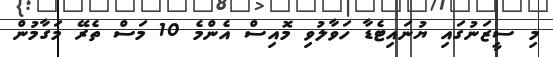
މި ސީޒަނުގައި ޔުނައިޓެޑާ ހަވާލުވި މޮއިސް އެންމެ 10 މަސް ތެރޭ މަގާމުން